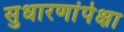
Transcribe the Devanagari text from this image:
सुधारणांपेक्षा